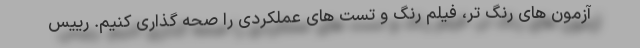
آزمون های رنگ تر، فیلم رنگ و تست های عملکردی را صحه گذاری کنیم. رییس